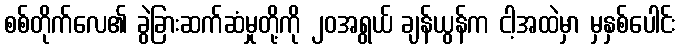
စစ်တိုက်လေ၏ ခွဲခြားဆက်ဆံမှုတို့ကို ၂၀အရွယ် ချန်ယွန်က ငါ့အထဲမှာ မှနှစ်ပေါင်း